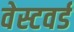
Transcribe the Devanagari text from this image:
वेस्टवर्ड